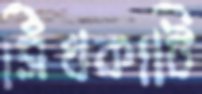
সিঁধকাটি